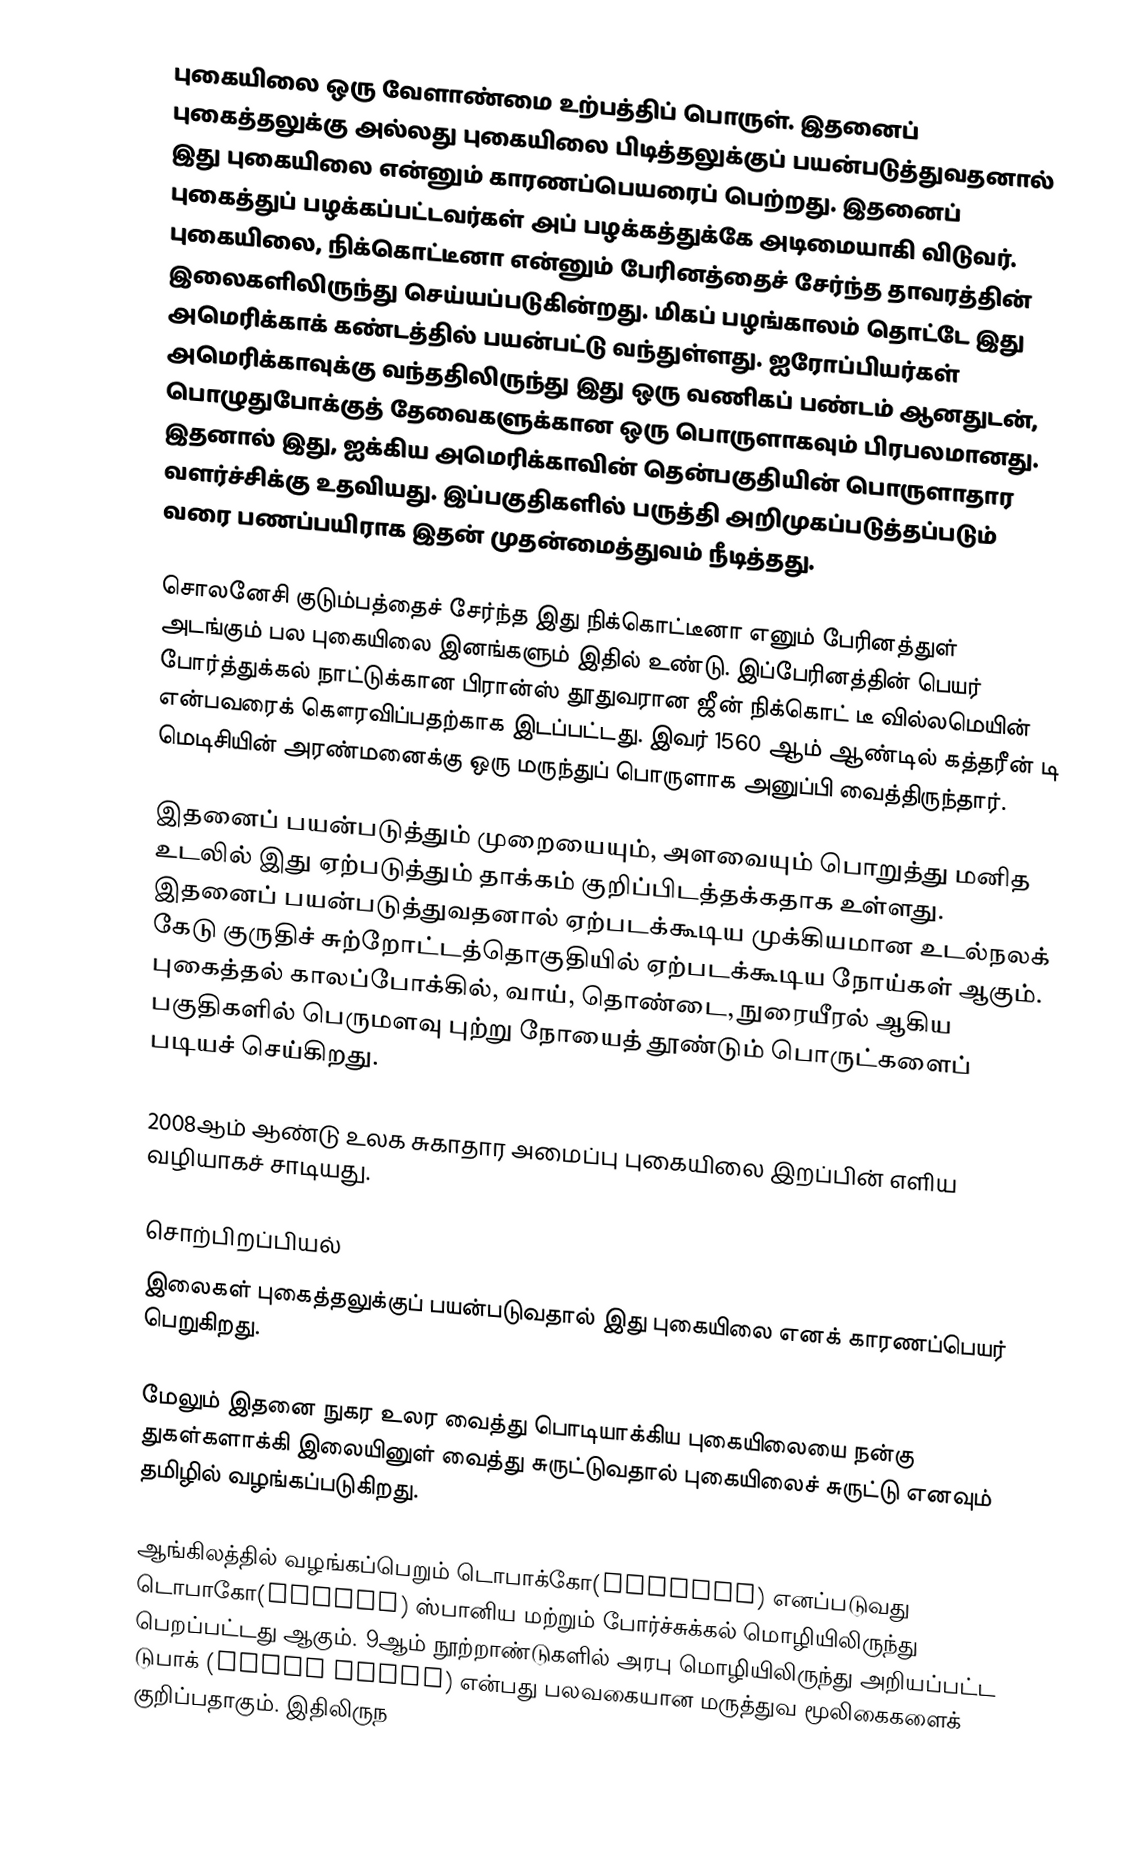
புகையிலை ஒரு வேளாண்மை உற்பத்திப் பொருள். இதனைப் புகைத்தலுக்கு அல்லது புகையிலை பிடித்தலுக்குப் பயன்படுத்துவதனால் இது புகையிலை என்னும் காரணப்பெயரைப் பெற்றது. இதனைப் புகைத்துப் பழக்கப்பட்டவர்கள் அப் பழக்கத்துக்கே அடிமையாகி விடுவர். புகையிலை, நிக்கொட்டீனா என்னும் பேரினத்தைச் சேர்ந்த தாவரத்தின் இலைகளிலிருந்து செய்யப்படுகின்றது. மிகப் பழங்காலம் தொட்டே இது அமெரிக்காக் கண்டத்தில் பயன்பட்டு வந்துள்ளது. ஐரோப்பியர்கள் அமெரிக்காவுக்கு வந்ததிலிருந்து இது ஒரு வணிகப் பண்டம் ஆனதுடன், பொழுதுபோக்குத் தேவைகளுக்கான ஒரு பொருளாகவும் பிரபலமானது. இதனால் இது, ஐக்கிய அமெரிக்காவின் தென்பகுதியின் பொருளாதார வளர்ச்சிக்கு உதவியது. இப்பகுதிகளில் பருத்தி அறிமுகப்படுத்தப்படும் வரை பணப்பயிராக இதன் முதன்மைத்துவம் நீடித்தது.

சொலனேசி குடும்பத்தைச் சேர்ந்த இது நிக்கொட்டீனா எனும் பேரினத்துள் அடங்கும் பல புகையிலை இனங்களும் இதில் உண்டு. இப்பேரினத்தின் பெயர் போர்த்துக்கல் நாட்டுக்கான பிரான்ஸ் தூதுவரான ஜீன் நிக்கொட் டீ வில்லமெயின் என்பவரைக் கௌரவிப்பதற்காக இடப்பட்டது. இவர் 1560 ஆம் ஆண்டில் கத்தரீன் டி மெடிசியின் அரண்மனைக்கு ஒரு மருந்துப் பொருளாக அனுப்பி வைத்திருந்தார்.

இதனைப் பயன்படுத்தும் முறையையும், அளவையும் பொறுத்து மனித உடலில் இது ஏற்படுத்தும் தாக்கம் குறிப்பிடத்தக்கதாக உள்ளது. இதனைப் பயன்படுத்துவதனால் ஏற்படக்கூடிய முக்கியமான உடல்நலக் கேடு குருதிச் சுற்றோட்டத்தொகுதியில் ஏற்படக்கூடிய நோய்கள் ஆகும். புகைத்தல் காலப்போக்கில், வாய், தொண்டை, நுரையீரல் ஆகிய பகுதிகளில் பெருமளவு புற்று நோயைத் தூண்டும் பொருட்களைப் படியச் செய்கிறது.

2008ஆம் ஆண்டு உலக சுகாதார அமைப்பு புகையிலை இறப்பின் எளிய வழியாகச் சாடியது.

சொற்பிறப்பியல்
இலைகள் புகைத்தலுக்குப் பயன்படுவதால் இது புகையிலை எனக் காரணப்பெயர் பெறுகிறது.

மேலும் இதனை நுகர உலர வைத்து பொடியாக்கிய புகையிலையை நன்கு துகள்களாக்கி இலையினுள் வைத்து சுருட்டுவதால் புகையிலைச் சுருட்டு எனவும் தமிழில் வழங்கப்படுகிறது.

ஆங்கிலத்தில் வழங்கப்பெறும் டொபாக்கோ(tobacco) எனப்படுவது டொபாகோ(tobaco) ஸ்பானிய மற்றும் போர்ச்சுக்கல் மொழியிலிருந்து பெறப்பட்டது ஆகும். 9ஆம் நூற்றாண்டுகளில் அரபு மொழியிலிருந்து அறியப்பட்ட டுபாக் (طُباق ṭubāq) என்பது பலவகையான மருத்துவ மூலிகைகளைக் குறிப்பதாகும். இதிலிருந